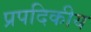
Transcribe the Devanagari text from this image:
प्रपदिकीय